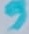
Text: 9